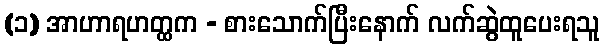
(၁) အာဟာရဟတ္ထက - စားသောက်ပြီးနောက် လက်ဆွဲထူပေးရသူ